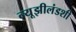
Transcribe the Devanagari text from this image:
न्यूझीलंडशी